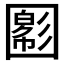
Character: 𡈪